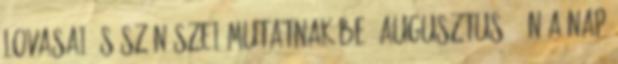
lovasai és színészei mutatnak be. Augusztus 6-án a nap